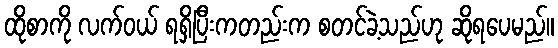
ထိုစာကို လက်ဝယ် ရရှိပြီးကတည်းက စတင်ခဲ့သည်ဟု ဆိုရပေမည်။